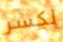
لكسر